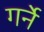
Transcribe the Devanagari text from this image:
गर्ने